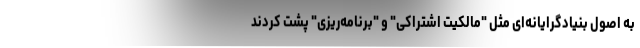
به اصول بنیادگرایانه‌ای مثل "مالکیت اشتراکی" و "برنامه‌ریزی" پشت کردند